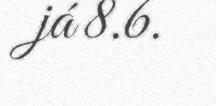
já 8.6.